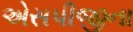
એસપીજીના